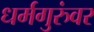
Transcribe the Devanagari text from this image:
धर्मगुरुंवर